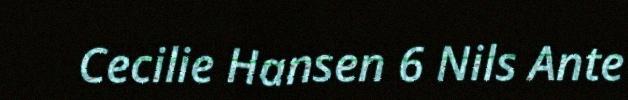
Cecilie Hansen 6 Nils Ante